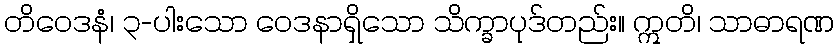
တိဝေဒနံ၊ ၃-ပါးသော ဝေဒနာရှိသော သိက္ခာပုဒ်တည်း။ ဣတိ၊ သာဓာရဏ